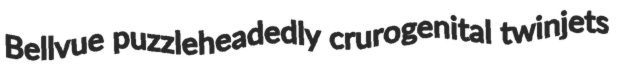
Bellvue puzzleheadedly crurogenital twinjets